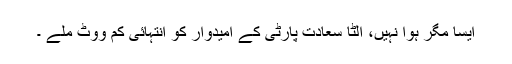
ایسا مگر ہوا نہیں، الٹا سعادت پارٹی کے امیدوار کو انتہائی کم ووٹ ملے ۔